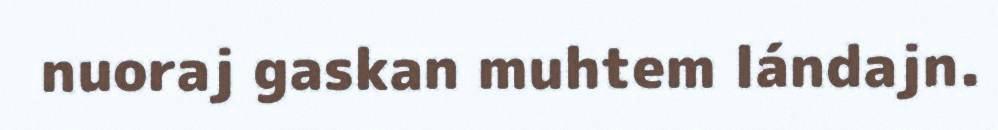
nuoraj gaskan muhtem lándajn.